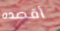
أقصده